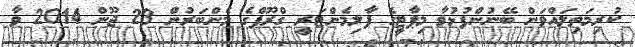
ކުރިމަތިލައްވަން ބޭނުންފުޅުވާ މިޕާޓީގެ ޕާލިމެންޓަރީ ގްރޫޕްގެ މެންބަރުން 23 ޖޫން 2014 ވާ